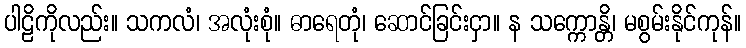
ပါဠိကိုလည်း။ သကလံ၊ အလုံးစုံ။ ဓာရေတုံ၊ ဆောင်ခြင်းငှာ။ န သက္ကောန္တိ၊ မစွမ်းနိုင်ကုန်။